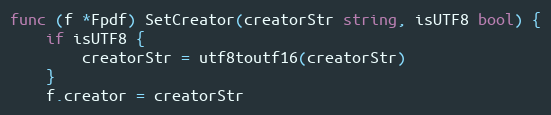
Language: Go
func (f *Fpdf) SetCreator(creatorStr string, isUTF8 bool) {
	if isUTF8 {
		creatorStr = utf8toutf16(creatorStr)
	}
	f.creator = creatorStr